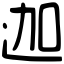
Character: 迦